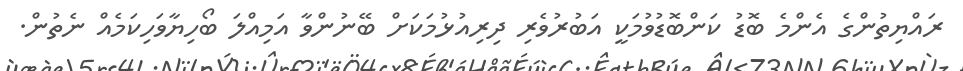
ރައްޔިތުންގެ އެންމެ ބޮޑު ކަންބޮޑުވުމަކީ އަބުރުވެރި ދިރިއުޅުމަކަށް ބޭނުންވާ އަމިއްލަ ބޯހިޔާވަހިކަމެއް ނެތުން.